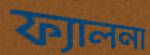
ফ্যালনা